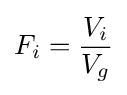
F_{i}={\frac {V_{i}}{V_{g}}}